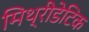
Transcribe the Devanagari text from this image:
मिथ्रीडेटिक